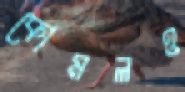
কোমলও